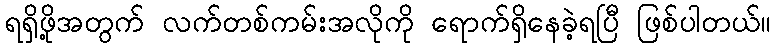
ရရှိဖို့အတွက် လက်တစ်ကမ်းအလိုကို ရောက်ရှိနေခဲ့ရပြီ ဖြစ်ပါတယ်။